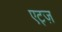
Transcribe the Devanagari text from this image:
एट्ज़